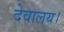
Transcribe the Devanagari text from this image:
देवालय।